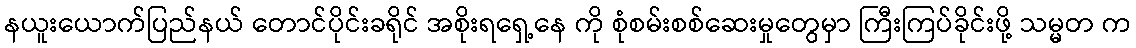
နယူးယောက်ပြည်နယ် တောင်ပိုင်းခရိုင် အစိုးရရှေ့နေ ကို စုံစမ်းစစ်ဆေးမှုတွေမှာ ကြီးကြပ်ခိုင်းဖို့ သမ္မတ က